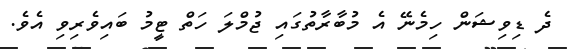
ދެ ޑިވިޝަން ހިމެނޭ އެ މުބާރާތުގައި ޖުމްލަ ހަތް ޓީމު ބައިވެރިވި އެވެ.